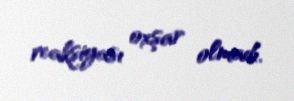
reaksiyası oxşar olmadı.